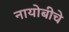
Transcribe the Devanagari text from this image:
नायोबीचे